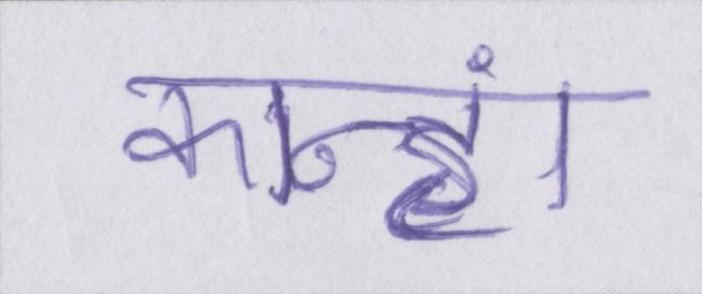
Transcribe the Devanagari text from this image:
कान्हां